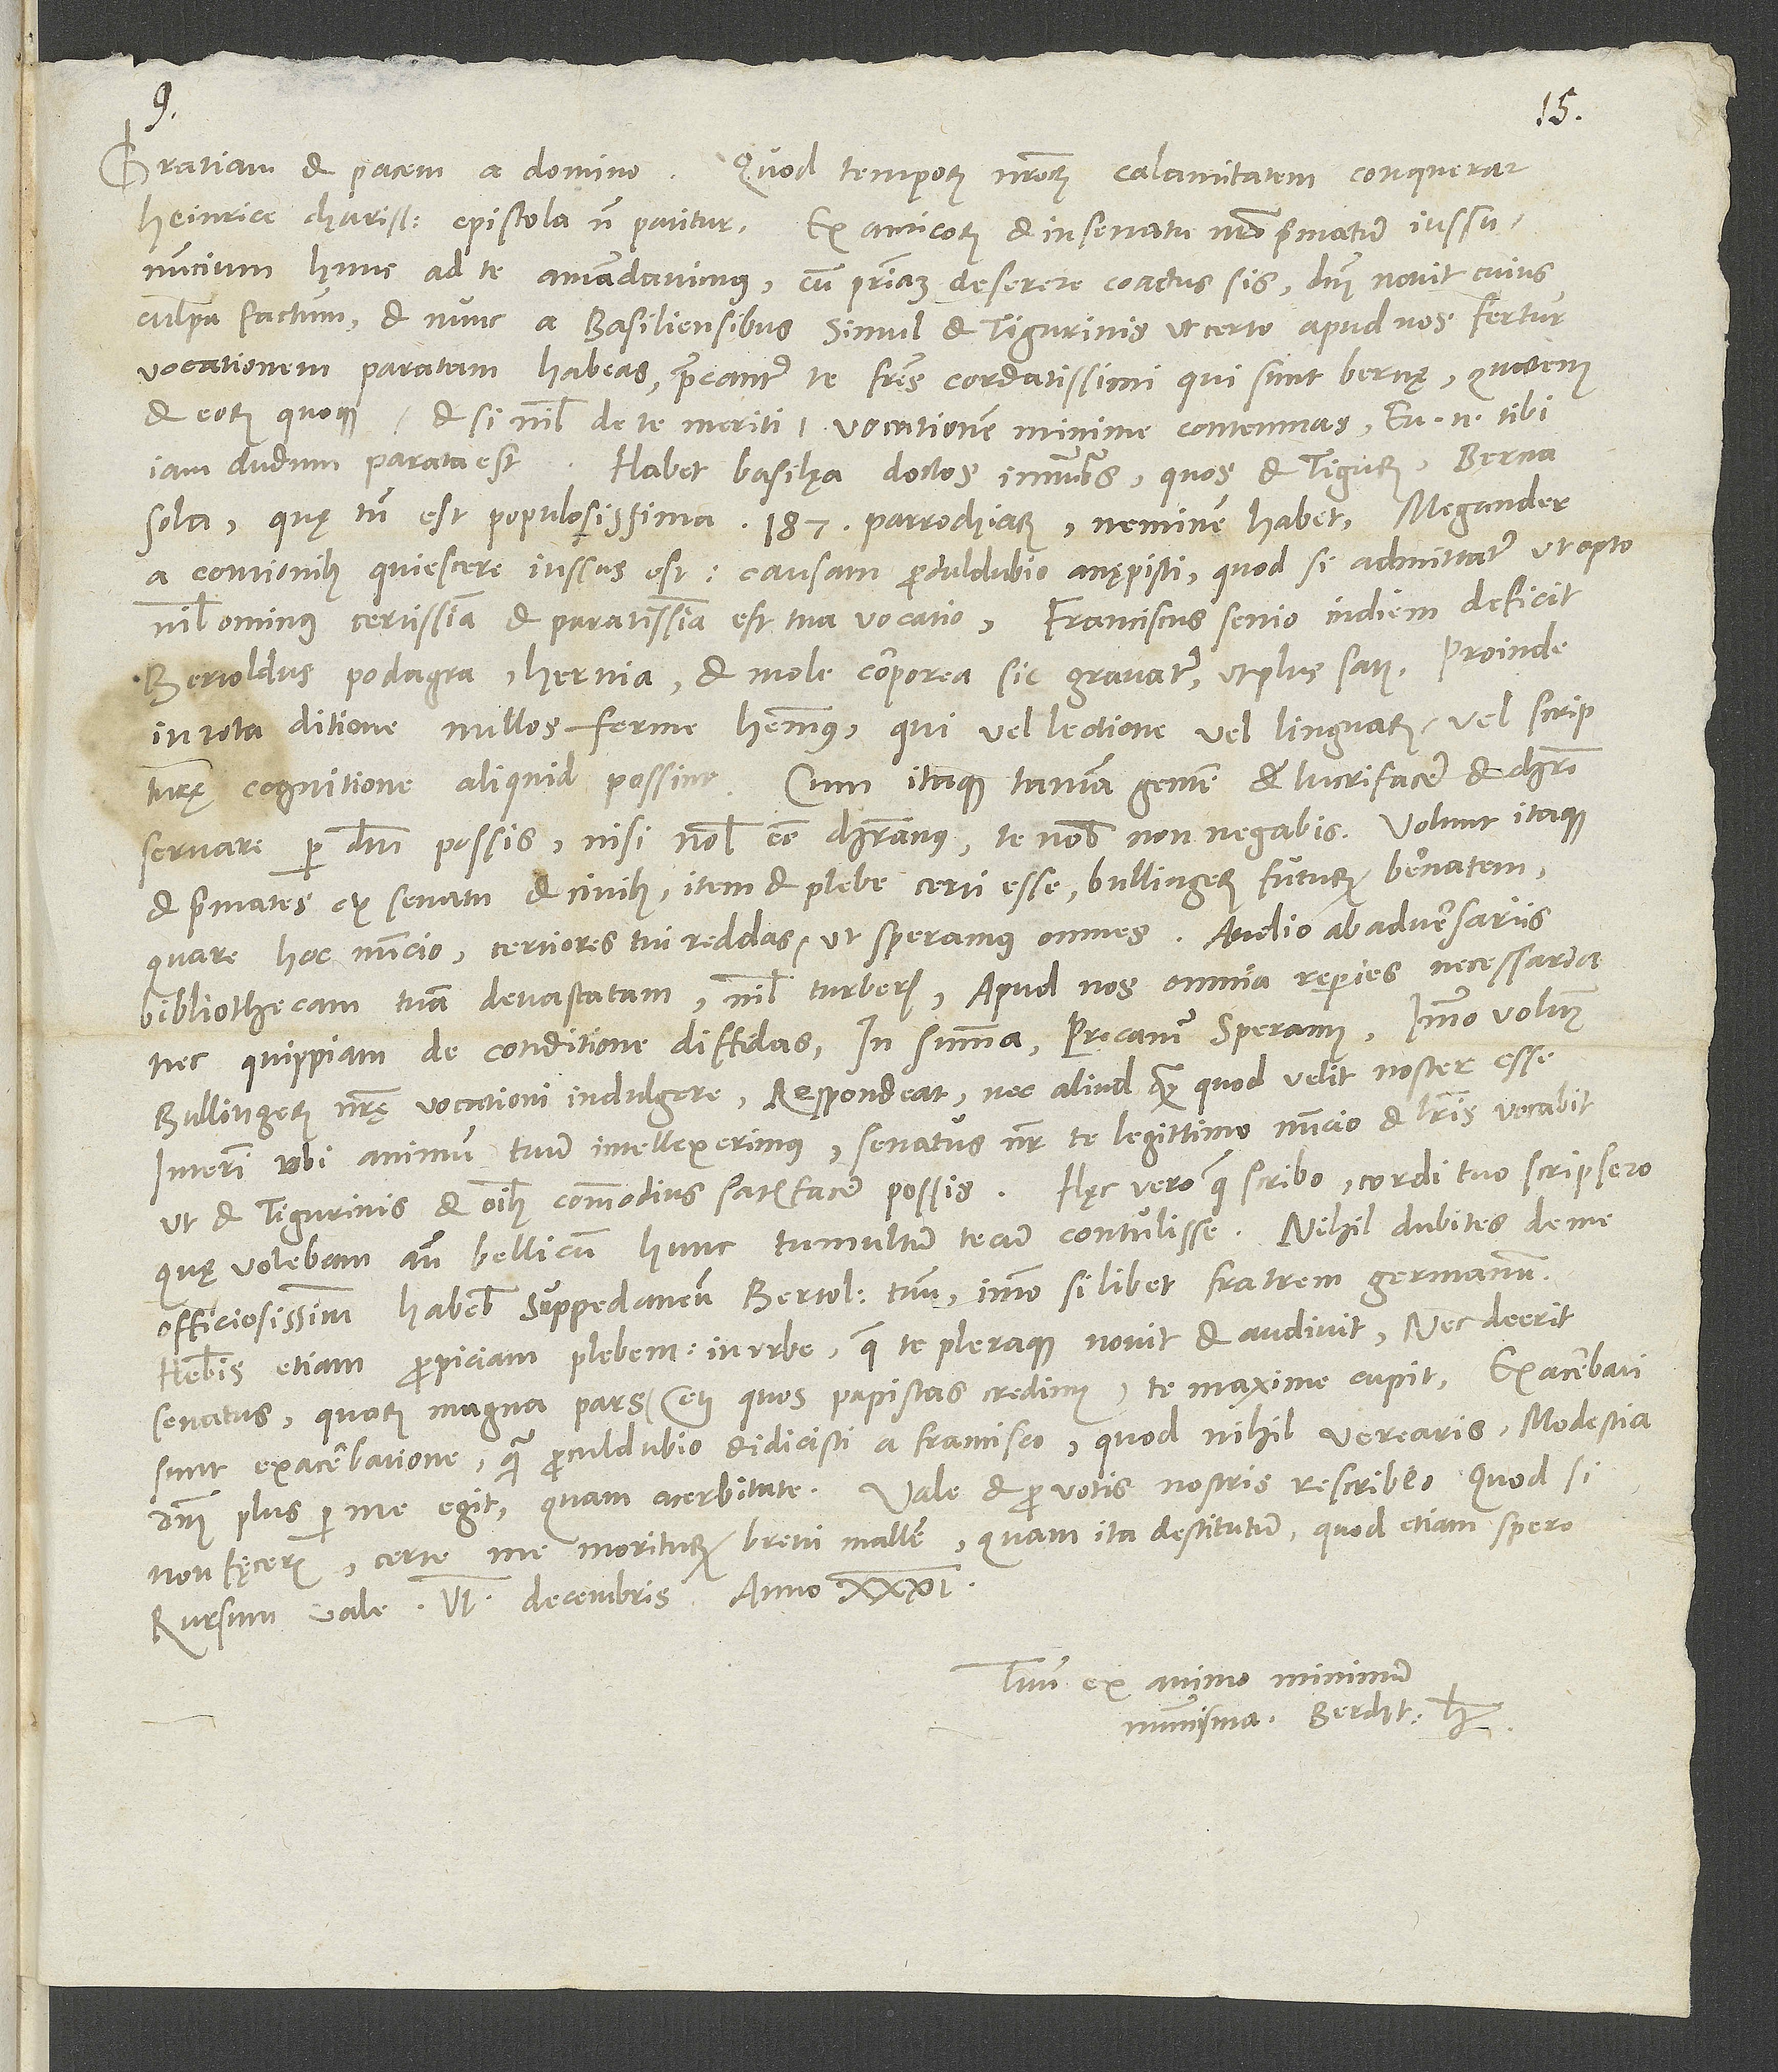
Gratiam et pacem a domino.
Quod temporum nostrorum calamitatem conquerar,
Heinrice charissime, epistola non patitur. Ex amicorum et in senatu nostro primatum iussu
nuncium hunc ad te amandavimus, cum patriam deserere coactus sis - dominus novit, cuius
culpa factum - et nunc a Basiliensibus simul et Tigurinis, ut certo apud nos fertur,
vocationem paratam habeas. Precantur te fratres cordatissimi, qui sunt Bernę, quominus
magna pars, etiam quos papistas credimus, te maxime cupit. Exacerbati
sunt exacerbatione, quam proculdubio didicisti a Francisco, quod nihil verearis. Modestia
non fęceris, certe me moriturum brevi mallem quam ita destitutum, quod etiam spero.
Tuus ex animo minimum